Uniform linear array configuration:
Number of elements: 12
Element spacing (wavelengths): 0.5
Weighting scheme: binomial
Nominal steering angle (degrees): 45
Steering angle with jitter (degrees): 45.218
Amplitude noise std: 0.05
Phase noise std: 0.05

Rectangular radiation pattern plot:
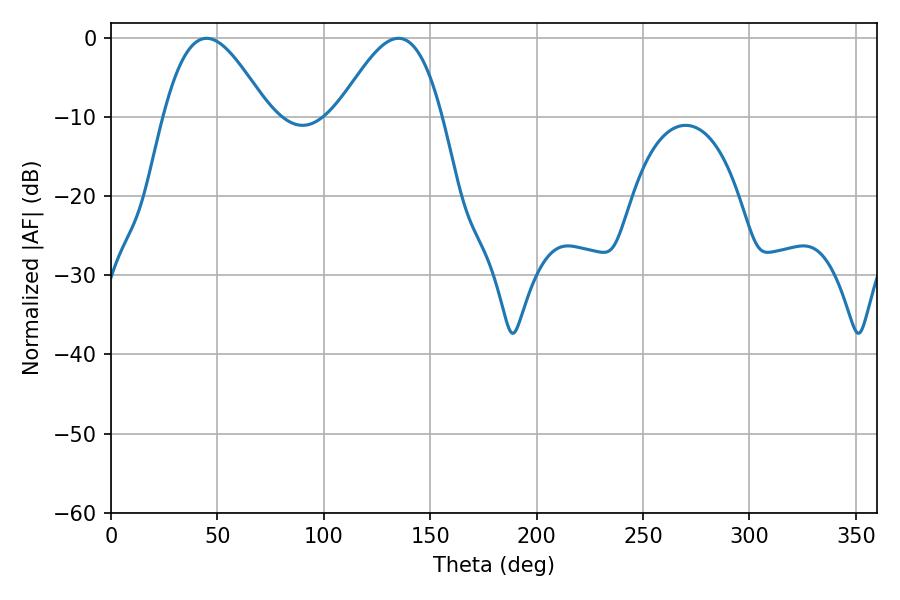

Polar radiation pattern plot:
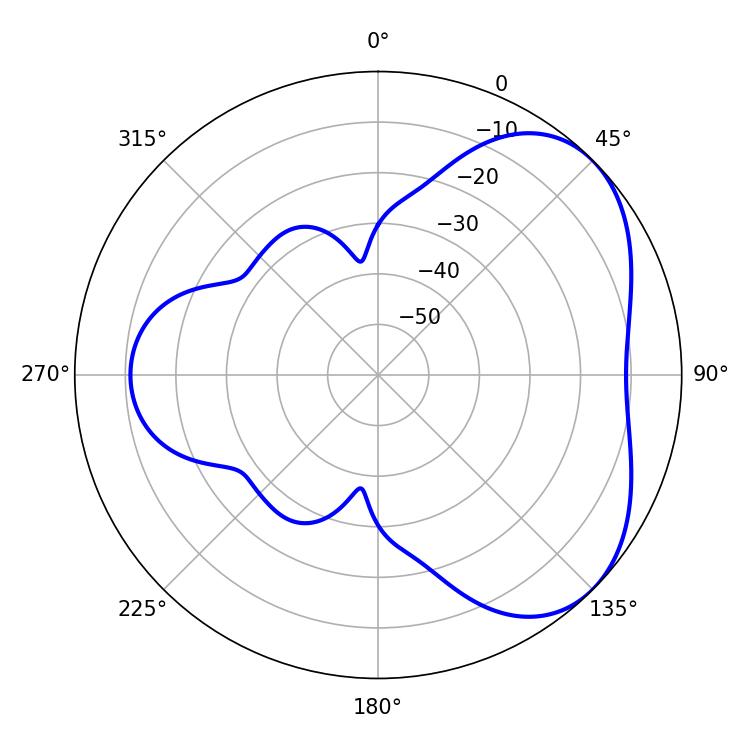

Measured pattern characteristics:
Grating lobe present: FALSE
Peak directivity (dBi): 4.404
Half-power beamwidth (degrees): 26.46
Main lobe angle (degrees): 45